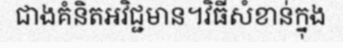
ជាងគំនិតអវិជ្ជមាន។វិធីសំខាន់ក្នុង